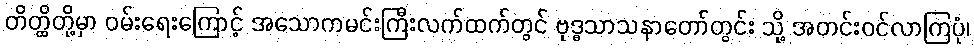
တိတ္ထိတို့မှာ ဝမ်းရေးကြောင့် အသောကမင်းကြီးလက်ထက်တွင် ဗုဒ္ဓသာသနာတော်တွင်း သို့ အတင်းဝင်လာကြပုံ၊